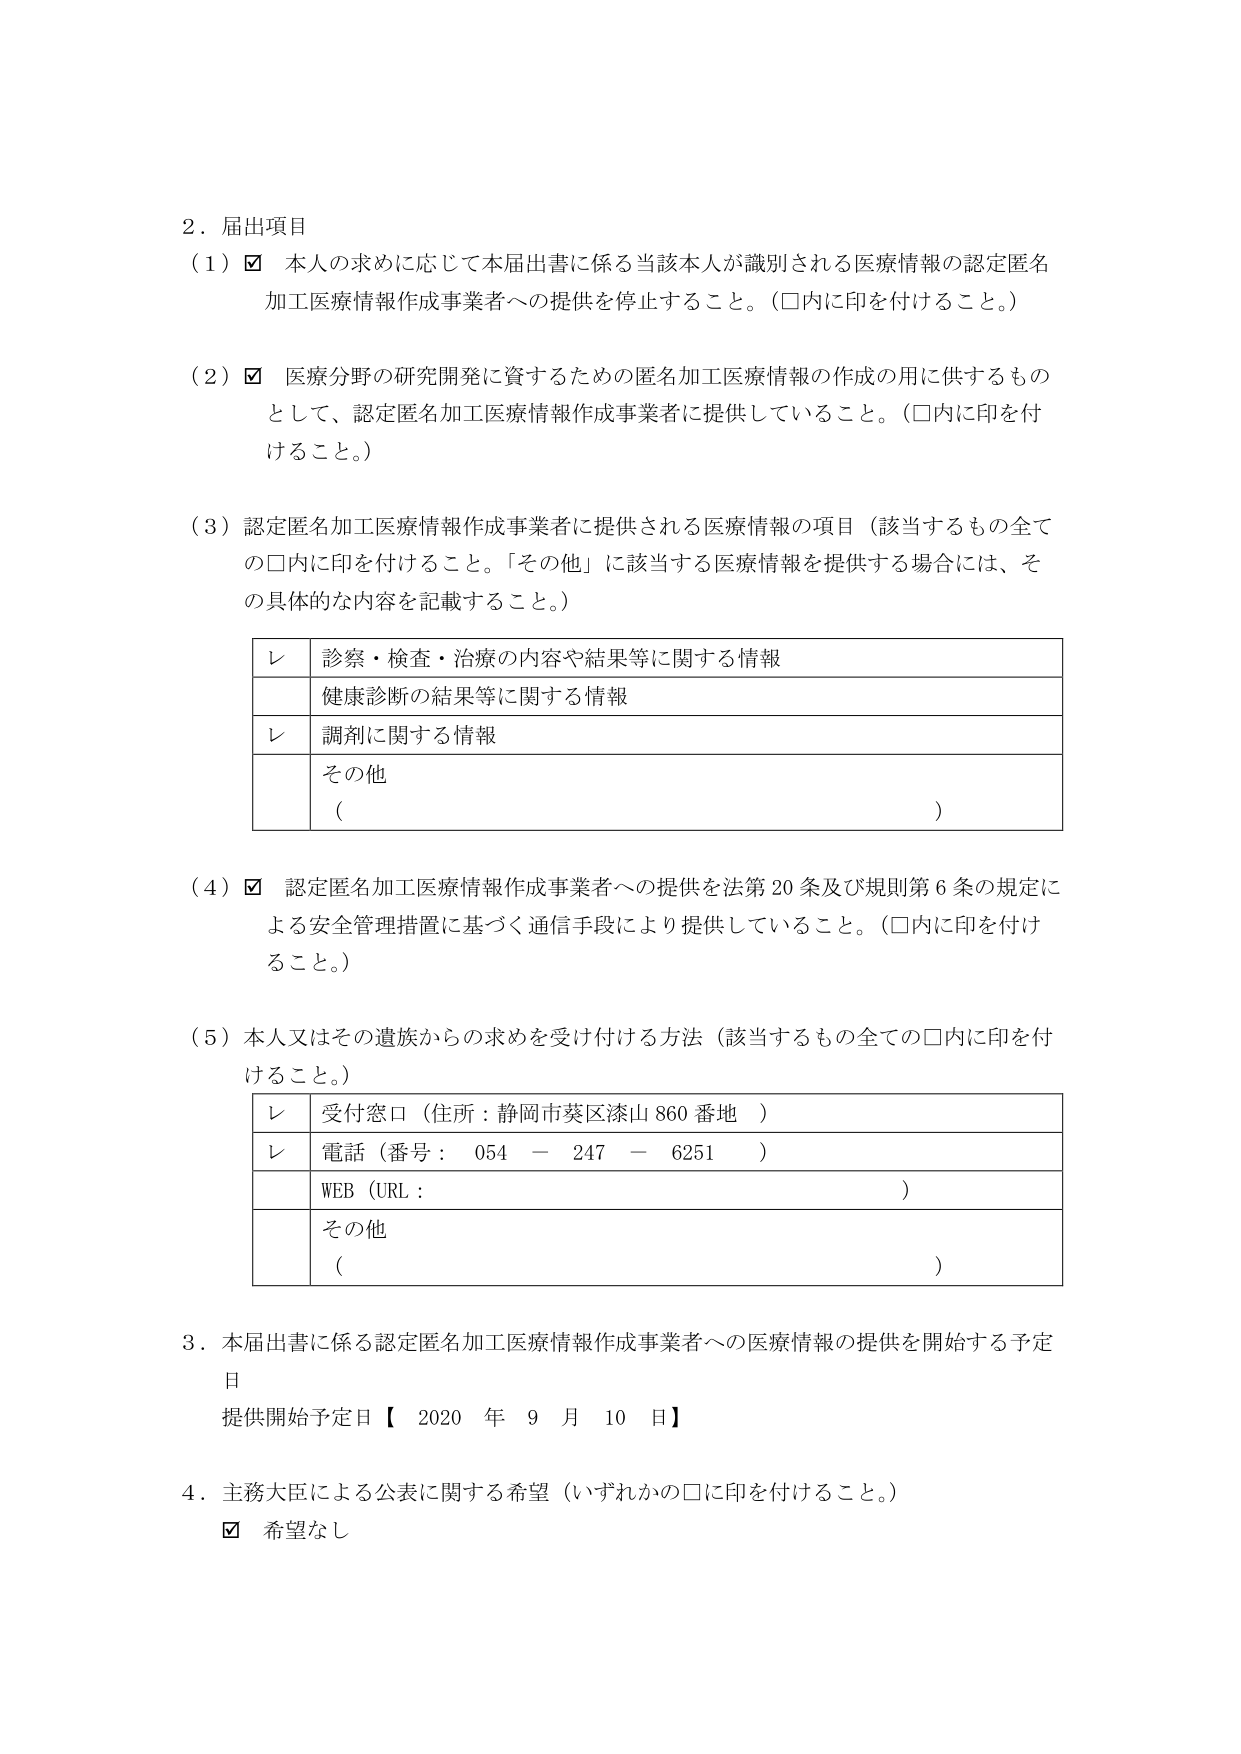
2．届出項目
（1）☑ 本人の求めに応じて本届出書に係る当該本人が識別される医療情報の認定匿名加工医療情報作成事業者への提供を停止すること。（□内に印を付けること。）

（2）☑ 医療分野の研究開発に資するための匿名加工医療情報の作成の用に供するものとして、認定匿名加工医療情報作成事業者に提供していること。（□内に印を付けること。）

（3）認定匿名加工医療情報作成事業者に提供される医療情報の項目（該当するもの全ての□内に印を付けること。「その他」に該当する医療情報を提供する場合には、その具体的な内容を記載すること。）

レ 診察・検査・治療の内容や結果等に関する情報
　 健康診断の結果等に関する情報
レ 調剤に関する情報
　 その他
　 （　　　　　　　　　　　　　　　　　　　　　　　　　　　　　　　　　　　　　　）

（4）☑ 認定匿名加工医療情報作成事業者への提供を法第20条及び規則第6条の規定による安全管理措置に基づく通信手段により提供していること。（□内に印を付けること。）

（5）本人又はその遺族からの求めを受け付ける方法（該当するもの全ての□内に印を付けること。）

レ 受付窓口（住所：静岡市葵区漆山860番地）
レ 電話（番号： 054 － 247 － 6251 ）
　 WEB（URL：　　　　　　　　　　　　　　　　　　　　　　　　　　　　　　　　）
　 その他
　 （　　　　　　　　　　　　　　　　　　　　　　　　　　　　　　　　　　　　　　）

3．本届出書に係る認定匿名加工医療情報作成事業者への医療情報の提供を開始する予定日
提供開始予定日【 2020 年 9 月 10 日】

4．主務大臣による公表に関する希望（いずれかの□に印を付けること。）
☑ 希望なし